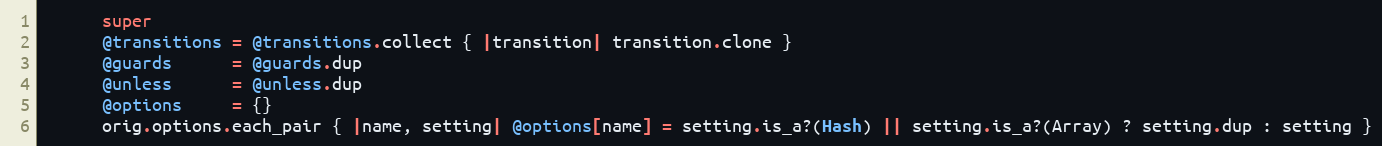
Language: Ruby
      super
      @transitions = @transitions.collect { |transition| transition.clone }
      @guards      = @guards.dup
      @unless      = @unless.dup
      @options     = {}
      orig.options.each_pair { |name, setting| @options[name] = setting.is_a?(Hash) || setting.is_a?(Array) ? setting.dup : setting }